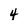
Character: 4